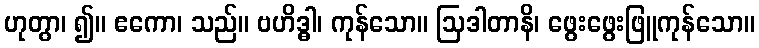
ဟုတွာ၊ ၍။ ဧကော၊ သည်။ ဗဟိဒ္ဓါ၊ ကုန်သော။ ဩဒါတာနိ၊ ဖွေးဖွေးဖြူကုန်သော။